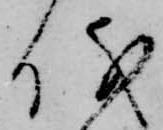
儀